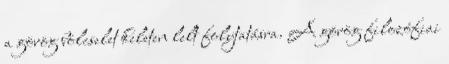
a görög bölcselet keleten lelt folytatásra. A görög filozófiai